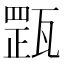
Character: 𤭺